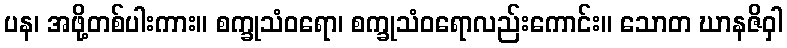
ပန၊ အဖို့တစ်ပါးကား။ စက္ခုသံဝရော၊ စက္ခုသံဝရောလည်းကောင်း။ သောတ ဃာနဇိဝှါ